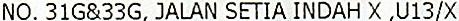
NO. 31G&33G, JALAN SETIA INDAH X ,U13/X